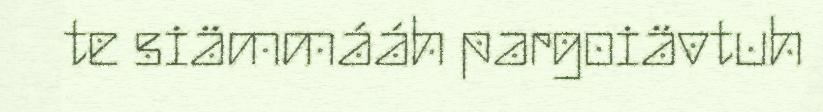
te siämmááh pargoiävtuh